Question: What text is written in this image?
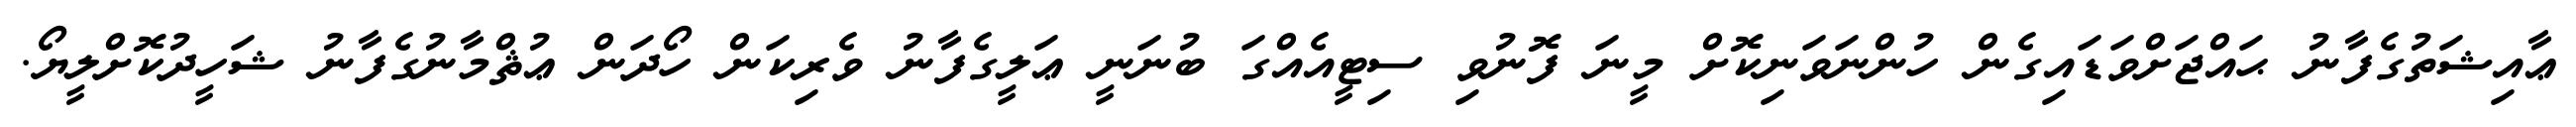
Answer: ޢާއިޝަތުގެފާނު ޙައްޖަށްވަޑައިގެން ހުންނަވަނިކޮށް މީނަ ފޮނުވި ސިޓީއެއްގަ ބުނަނީ ޢަލީގެފާނު ވެރިކަން ހޯދަން ޢުޘްމާނުގެފާނު ޝަހީދުކޮށްލީޔޯ.